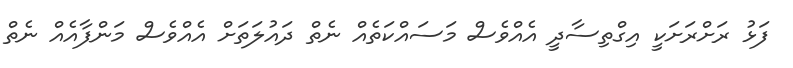
ފަޅު ރަށްރަށަކީ އިގްތިސާދީ އެއްވެސް މަސައްކަތެއް ނެތް ދައުލަތަށް އެއްވެސް މަންފާއެއް ނެތް